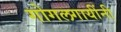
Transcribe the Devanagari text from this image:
गोगलगायींनी